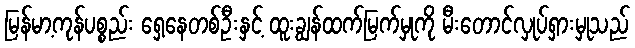
မြန်မာ့ကုန်ပစ္စည်း ရှေ့နေတစ်ဦးနှင့် ထူးချွန်ထက်မြက်မှုကို မီးတောင်လှုပ်ရှားမှုသည်